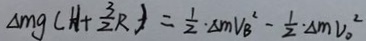
\Delta m g ( H + \frac { 3 } { 2 } R ) = \frac { 1 } { 2 } \cdot \Delta m V _ { B } ^ { 2 } - \frac { 1 } { 2 } \cdot \Delta m V _ { o } ^ { 2 }